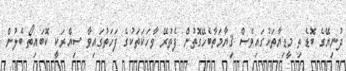
ދުނިޔޭގެ ބޮޑެތި މީޑިޔާތަކުގައިވެސް ޤިޔާމަތާބެހޭގޮތުން ފެތުރޭ ވާހަކަތަކުގެ ފަހަތުގައިވާ ސިއްރަކީ ކޮބައިތޯ ބެލުން